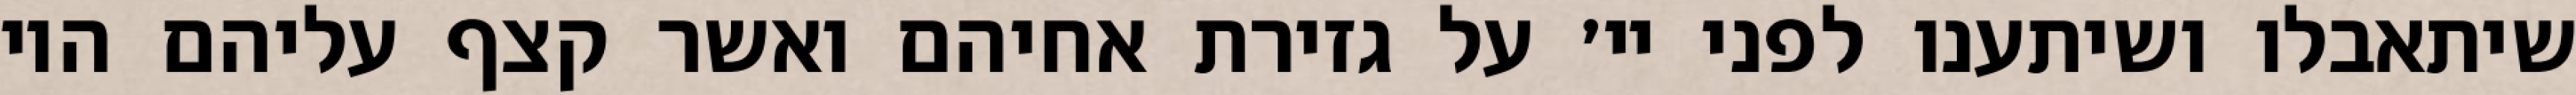
שיתאבלו ושיתענו לפני יי׳ על גזירת אחיהם ואשר קצף עליהם היו